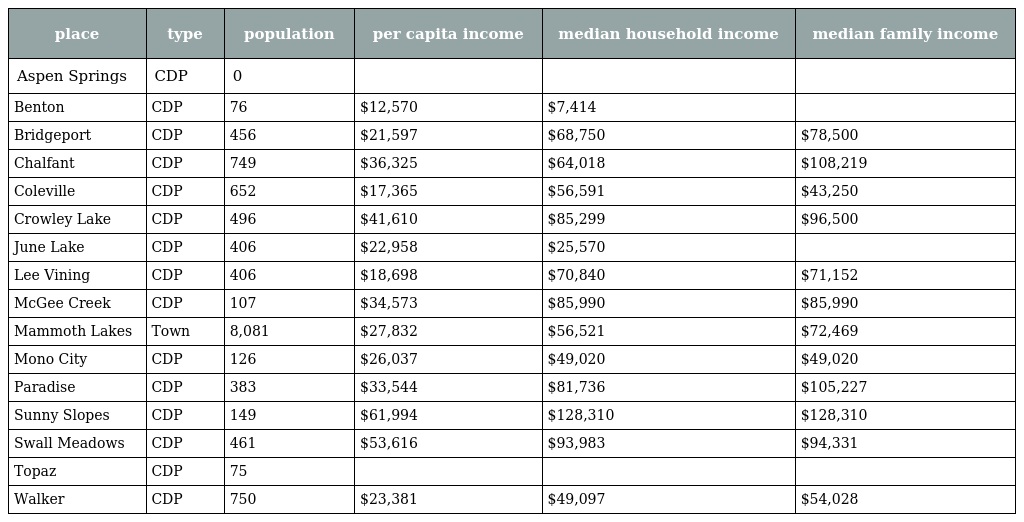
| place | type | population | per capita income | median household income | median family income |
 | --- | --- | --- | --- | --- | --- |
 | Aspen Springs | CDP | 0 |  |  |  |
 | Benton | CDP | 76 | $12,570 | $7,414 |  |
 | Bridgeport | CDP | 456 | $21,597 | $68,750 | $78,500 |
 | Chalfant | CDP | 749 | $36,325 | $64,018 | $108,219 |
 | Coleville | CDP | 652 | $17,365 | $56,591 | $43,250 |
 | Crowley Lake | CDP | 496 | $41,610 | $85,299 | $96,500 |
 | June Lake | CDP | 406 | $22,958 | $25,570 |  |
 | Lee Vining | CDP | 406 | $18,698 | $70,840 | $71,152 |
 | McGee Creek | CDP | 107 | $34,573 | $85,990 | $85,990 |
 | Mammoth Lakes | Town | 8,081 | $27,832 | $56,521 | $72,469 |
 | Mono City | CDP | 126 | $26,037 | $49,020 | $49,020 |
 | Paradise | CDP | 383 | $33,544 | $81,736 | $105,227 |
 | Sunny Slopes | CDP | 149 | $61,994 | $128,310 | $128,310 |
 | Swall Meadows | CDP | 461 | $53,616 | $93,983 | $94,331 |
 | Topaz | CDP | 75 |  |  |  |
 | Walker | CDP | 750 | $23,381 | $49,097 | $54,028 |